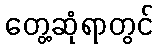
တွေ့ဆုံရာတွင်